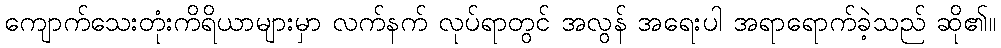
ကျောက်သေးတုံးကိရိယာများမှာ လက်နက် လုပ်ရာတွင် အလွန် အရေးပါ အရာရောက်ခဲ့သည် ဆို၏။